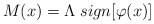
\begin{align*} M(x) = \Lambda \; sign [\varphi(x)]\end{align*}